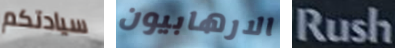
سيادتكم الارهابيون Rush